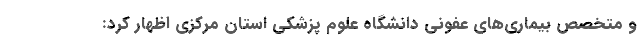
و متخصص بیماری‌های عفونی دانشگاه علوم پزشکی استان مرکزی اظهار کرد: